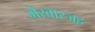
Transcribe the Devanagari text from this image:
मेंखारजह